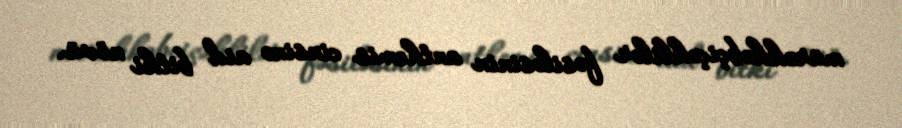
mürəkkəbçiçəklilər fəsiləsinin anthemis cinsinə aid bitki növü.